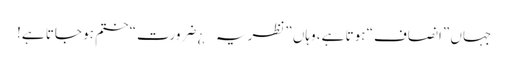
جہاں ”انصاف“ ہوتا ہے، وہاں ”نظریہ¿ ضرورت“ ختم ہو جاتا ہے!